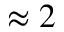
\approx 2